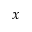
x